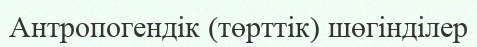
Антропогендік (төрттік) шөгінділер